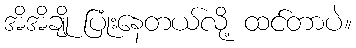
အိအိချို ပြုံးနေတယ်လို့ ထင်တာပဲ။